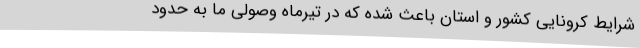
شرایط کرونایی کشور و استان باعث شده که در تیرماه وصولی ما به حدود